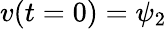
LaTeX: v(t=0)=\psi_{2}